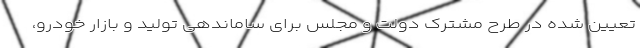
تعیین شده در طرح مشترک دولت و مجلس برای ساماندهی تولید و بازار خودرو،